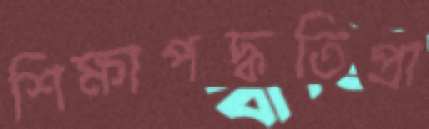
শিক্ষাপদ্ধতিপ্রা